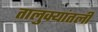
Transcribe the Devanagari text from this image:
तालुक्यांतली